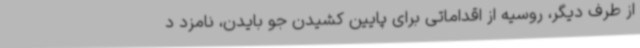
از طرف دیگر، روسیه از اقداماتی برای پایین کشیدن جو بایدن، نامزد د